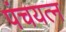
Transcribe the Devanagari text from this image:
पंचयत्‍न